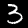
Digit: 3